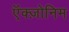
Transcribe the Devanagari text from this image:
ऍक्ज़ोनिम